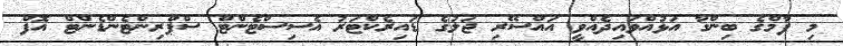
މި ފާމްގެ ބިންގާ އަޅުއްވައިދެއްވީ އައްސޭރި ޖަލުގެ ޑައިރެކްޓަރު އެސިސްޓެންޓް ސްޕްރިންޓެންޑެންޓް އޮފް